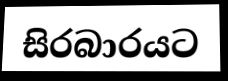
සිරබාරයට